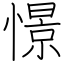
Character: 憬